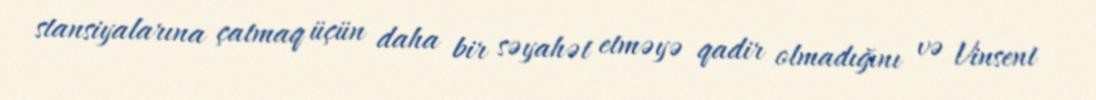
stansiyalarına çatmaq üçün daha bir səyahət etməyə qadir olmadığını və Vinsent